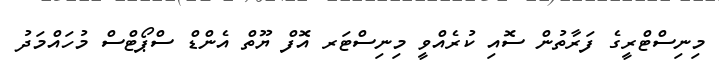
މިނިސްޓްރީގެ ފަރާތުން ސޮއި ކުރެއްވީ މިނިސްޓަރ އޮފް ޔޫތް އެންޑް ސްޕޯޓްސް މުހައްމަދު